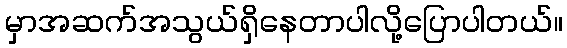
မှာအဆက်အသွယ်ရှိနေတာပါလို့ပြောပါတယ်။